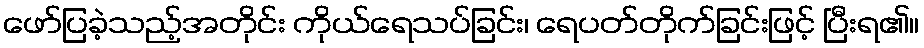
ဖော်ပြခဲ့သည့်အတိုင်း ကိုယ်ရေသပ်ခြင်း၊ ရေပတ်တိုက်ခြင်းဖြင့် ပြီးရ၏။